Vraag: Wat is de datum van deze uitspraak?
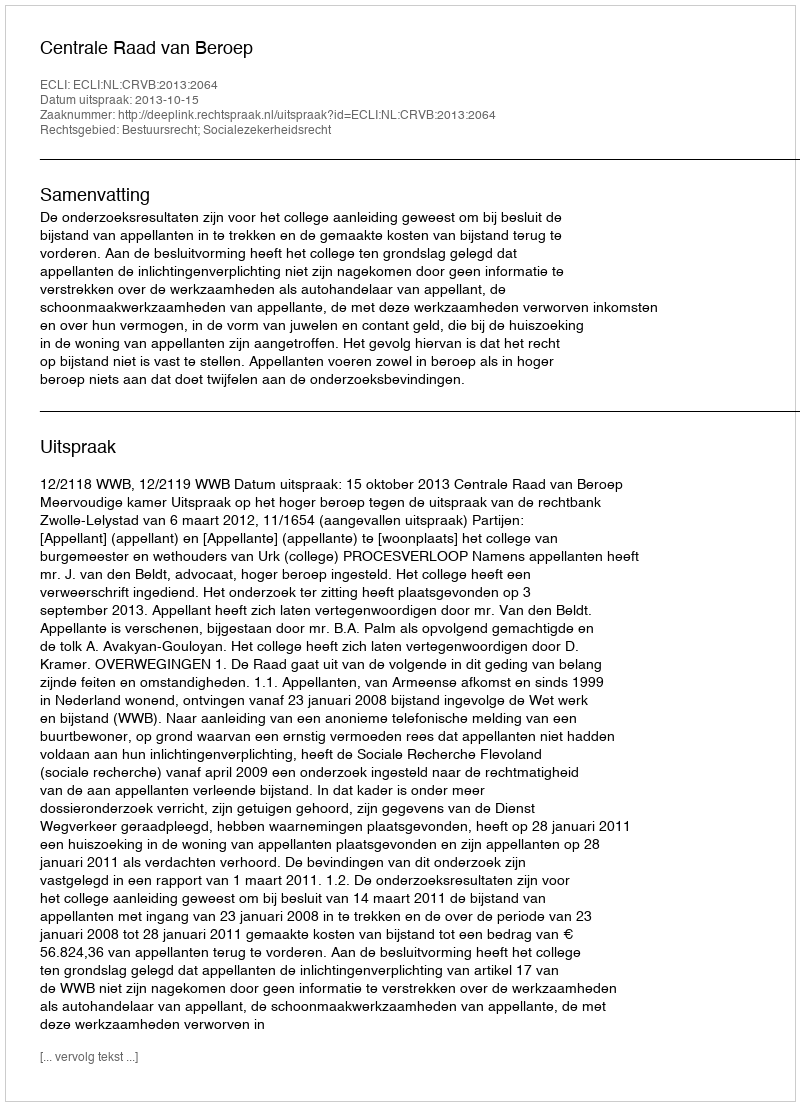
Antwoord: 2013-10-15